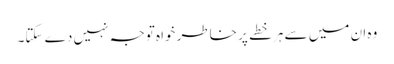
وہ ان میں سے ہر خطے پر خاطر خواہ توجہ نہیں دے سکتا۔